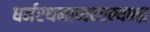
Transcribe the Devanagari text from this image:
धर्मरथमाध्वररम्यभद्र